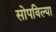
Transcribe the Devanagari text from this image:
सोपविल्या